Specificity of antivenomous sera (second communication) - Number 10
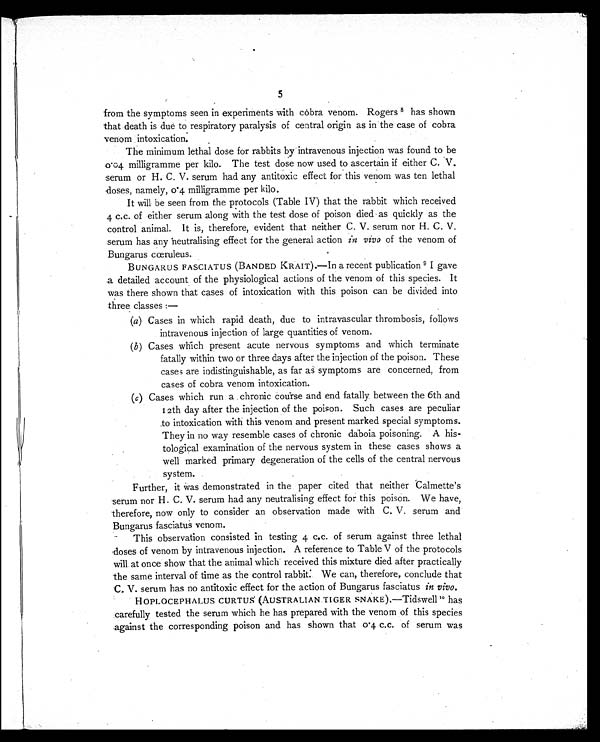
5
from the symptoms seen in experiments with cobra venom. Rogers 8 has shown
that death is due to respiratory paralysis of central origin as in the case of cobra
venom intoxication.
The minimum lethal dose for rabbits by intravenous injection was found to be
0.04 milligramme per kilo. The test dose now used to ascertain if either C. V.
serum or H. C. V. serum had any antitoxic effect for this venom was ten lethal
doses, namely, 0.4 milligramme per kilo.
It will be seen from the protocols (Table IV) that the rabbit which received
4 c.c. of either serum along with the test dose of poison died as quickly as the
control animal. It is, therefore, evident that neither C. V. serum nor H. C. V.
serum has any neutralising effect for the general action in vivo of the venom of
Bungarus cœruleus.
BUNGARUS FASCIATUS (BANDED KRAIT).—In a recent publication 9 I gave
a detailed account of the physiological actions of the venom of this species. It
was there shown that cases of intoxication with this poison can be divided into
three classes :
—
(a) Cases in which rapid death, due to intravascular thrombosis, follows
intravenous injection of large quantities of venom.
(b) Cases which present acute nervous symptoms and which terminate
fatally within two or three days after the injection of the poison. These
cases are indistinguishable, as far as symptoms are concerned, from
cases of cobra venom intoxication.
(c) Cases which run a chronic course and end fatally between the 6th and
12th day after the injection of the poison. Such cases are peculiar
to intoxication with this venom and present marked special symptoms.
They in no way resemble cases of chronic daboia poisoning. A his-
tological examination of the nervous system in these cases shows a
well marked primary degeneration of the cells of the central nervous
system.
Further, it was demonstrated in the paper cited that neither Calmette's
serum nor H. C. V. serum had any neutralising effect for this poison. We have,
therefore, now only to consider an observation made with C. V. serum and
Bungarus fasciatus venom.
This observation consisted in testing 4 c.c. of serum against three lethal
doses of venom by intravenous injection. A reference to Table V of the protocols
will at once show that the animal which received this mixture died after practically
the same interval of time as the control rabbit. We can, therefore, conclude that
C. V. serum has no antitoxic effect for the action of Bungarus fasciatus in vivo.
HOPLOCEPHALUS CURTUS (AUSTRALIAN TIGER SNAKE).—Tidswell 1 0 h a s
carefully tested the serum which he has prepared with the venom of this species
against the corresponding poison and has shown that 0.4 c.c. of serum was